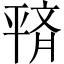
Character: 𫷙